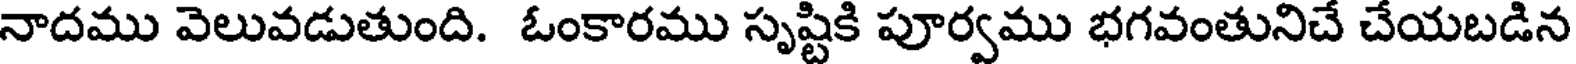
నాదము వెలువడుతుంది. ఓంకారము సృష్టికి పూర్వము భగవంతునిచే చేయబడిన